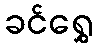
ခင်ရွှေ